Annual report of the Central Committee of the Association together with the report of the directors of the Pasteur Institute at Kasauli
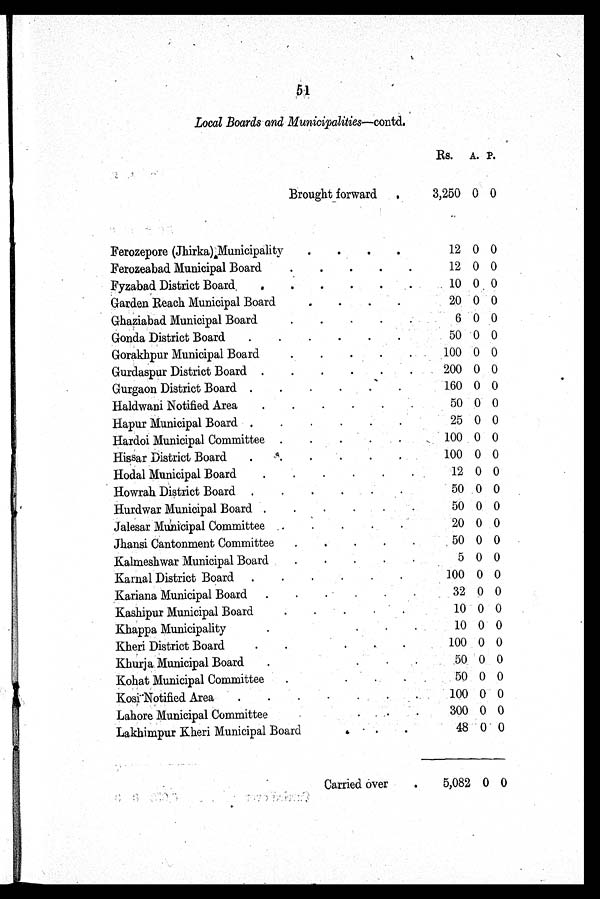
51
Local Boards and Municipalities—contd.
Rs.
A. P.
Brought forward
3,250 0 0
Ferozepore (Jhirka);Municipality
12 0 0
Ferozeabad Municipal Board
12 0 0
Fyzabad District Board
10 0 0
Garden Reach Municipal Board
20 0 0
Ghaziabad Municipal Board
6 0 0
Gonda District Board
50 0 0
Gorakhpur Municipal Board
100 0 0
Gurdaspur District Board
200 0 0
Gurgaon District Board
160 0 0
Haldwani Notified Area
50 0 0
Hapur Municipal Board
25 0 0
Hardoi Municipal Committee
100 0 0
Hissar District Board
100 0 0
Hodal Municipal Board
12 0 0
Howrah District Board
50 0 0
Hurdwar Municipal Board
50 0 0
Jalesar Municipal Committee
20 0 0
Jhansi Cantonment Committee
50 0 0
Kalmeshwar Municipal Board
5 0 0
Karnal District Board
100 0 0
Kariana Municipal Board
32 0 0
Kashipur Municipal Board
10 0 0
Khappa Municipality
10 0 0
Kheri District Board
100 0 0
Khurja Municipal Board
50 0 0
Kohat Municipal Committee
50 0 0
Kosi Notified Area
100 0 0
Lahore Municipal Committee
300 0 0
Lakhimpur Kheri Municipal Board
48 0 0
Carried over
5,082 0 0